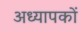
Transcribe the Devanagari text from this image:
अध्‍यापकों